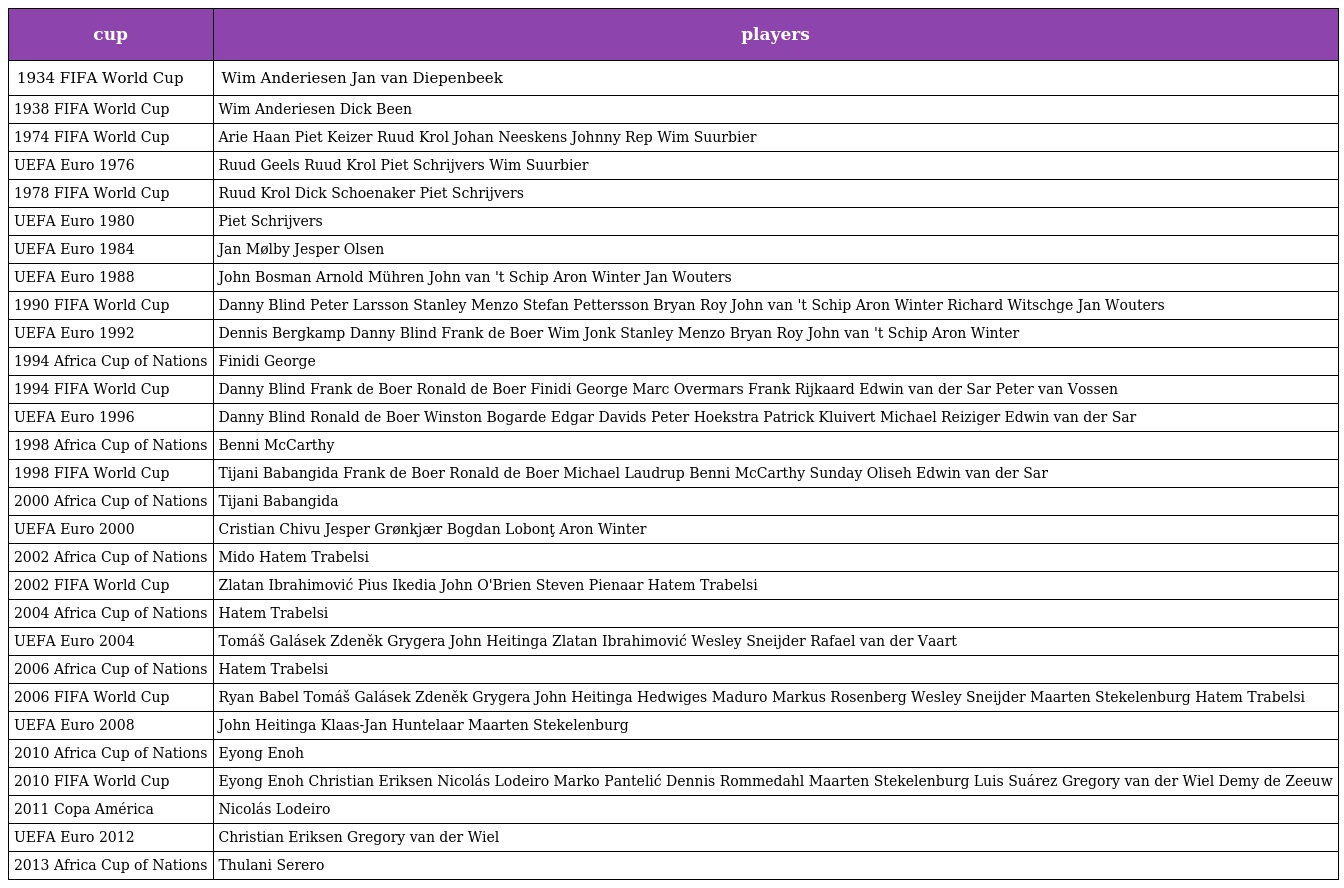
| cup | players |
 | --- | --- |
 | 1934 FIFA World Cup | Wim Anderiesen Jan van Diepenbeek |
 | 1938 FIFA World Cup | Wim Anderiesen Dick Been |
 | 1974 FIFA World Cup | Arie Haan Piet Keizer Ruud Krol Johan Neeskens Johnny Rep Wim Suurbier |
 | UEFA Euro 1976 | Ruud Geels Ruud Krol Piet Schrijvers Wim Suurbier |
 | 1978 FIFA World Cup | Ruud Krol Dick Schoenaker Piet Schrijvers |
 | UEFA Euro 1980 | Piet Schrijvers |
 | UEFA Euro 1984 | Jan Mølby Jesper Olsen |
 | UEFA Euro 1988 | John Bosman Arnold Mühren John van 't Schip Aron Winter Jan Wouters |
 | 1990 FIFA World Cup | Danny Blind Peter Larsson Stanley Menzo Stefan Pettersson Bryan Roy John van 't Schip Aron Winter Richard Witschge Jan Wouters |
 | UEFA Euro 1992 | Dennis Bergkamp Danny Blind Frank de Boer Wim Jonk Stanley Menzo Bryan Roy John van 't Schip Aron Winter |
 | 1994 Africa Cup of Nations | Finidi George |
 | 1994 FIFA World Cup | Danny Blind Frank de Boer Ronald de Boer Finidi George Marc Overmars Frank Rijkaard Edwin van der Sar Peter van Vossen |
 | UEFA Euro 1996 | Danny Blind Ronald de Boer Winston Bogarde Edgar Davids Peter Hoekstra Patrick Kluivert Michael Reiziger Edwin van der Sar |
 | 1998 Africa Cup of Nations | Benni McCarthy |
 | 1998 FIFA World Cup | Tijani Babangida Frank de Boer Ronald de Boer Michael Laudrup Benni McCarthy Sunday Oliseh Edwin van der Sar |
 | 2000 Africa Cup of Nations | Tijani Babangida |
 | UEFA Euro 2000 | Cristian Chivu Jesper Grønkjær Bogdan Lobonţ Aron Winter |
 | 2002 Africa Cup of Nations | Mido Hatem Trabelsi |
 | 2002 FIFA World Cup | Zlatan Ibrahimović Pius Ikedia John O'Brien Steven Pienaar Hatem Trabelsi |
 | 2004 Africa Cup of Nations | Hatem Trabelsi |
 | UEFA Euro 2004 | Tomáš Galásek Zdeněk Grygera John Heitinga Zlatan Ibrahimović Wesley Sneijder Rafael van der Vaart |
 | 2006 Africa Cup of Nations | Hatem Trabelsi |
 | 2006 FIFA World Cup | Ryan Babel Tomáš Galásek Zdeněk Grygera John Heitinga Hedwiges Maduro Markus Rosenberg Wesley Sneijder Maarten Stekelenburg Hatem Trabelsi |
 | UEFA Euro 2008 | John Heitinga Klaas-Jan Huntelaar Maarten Stekelenburg |
 | 2010 Africa Cup of Nations | Eyong Enoh |
 | 2010 FIFA World Cup | Eyong Enoh Christian Eriksen Nicolás Lodeiro Marko Pantelić Dennis Rommedahl Maarten Stekelenburg Luis Suárez Gregory van der Wiel Demy de Zeeuw |
 | 2011 Copa América | Nicolás Lodeiro |
 | UEFA Euro 2012 | Christian Eriksen Gregory van der Wiel |
 | 2013 Africa Cup of Nations | Thulani Serero |